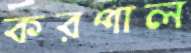
করপাল